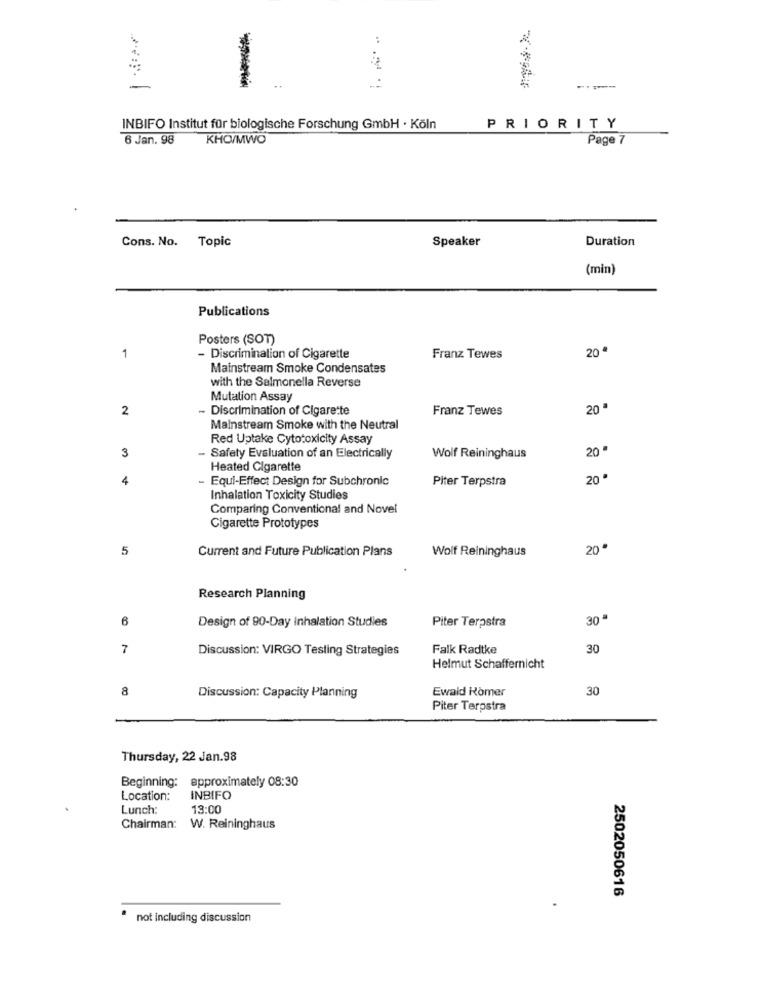
-
----
INBIFO Institut für biologische Forschung GmbH · Köln
PRIORITY
6 Jan. 98 KHO/MWO
Page 7
Cons. No. Topic
Speaker
Duration
(min)
Publications
Posters (SOT)
20ª
1
- Discrimination of Cigarette
Franz Tewes
Mainstream Smoke Condensates
with the Salmonella Reverse
Mutation Assay
2
- Discrimination of Cigarette
Franz Tewes
20 ª
Mainstream Smoke with the Neutral
Red Uptake Cytotoxicity Assay
3
20 "
- Safety Evaluation of an Electrically
Wolf Reininghaus
Heated Cigarette
4
- Equi-Effect Design for Subchronic
Piter Terpstra
20"
Inhalation Toxicity Studies
Comparing Conventional and Novel
Cigarette Prototypes
5
Current and Future Publication Plans
Wolf Reininghaus
20"
Research Planning
6
Design of 90-Day Inhalation Studies
Piter Terpstra
30"
7
Discussion: VIRGO Testing Strategies
Falk Radtke
30
Helmut Schaffernicht
8
Ewald Römer
30
Discussion: Capacity Planning
Piter Terpstra
Thursday, 22 Jan.98
Beginning: approximately 08:30
Location:
INBIFO
Lunch:
13:00
Chairman: W. Reininghaus
2502050616
not including discussion